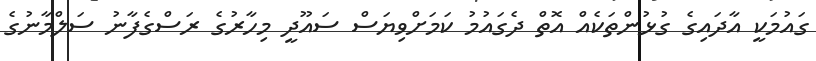
ގައުމަކީ އާދައިގެ ގުޅުންތަކެއް އޮތް ދެގައުމު ކަމަށްވިޔަސް ސައޫދީ މިހާރުގެ ރަސްގެފާނު ސަލްމާނުގެ